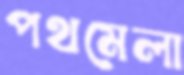
পথমেলা